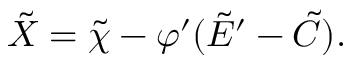
\tilde { X } = \tilde { \chi } - \varphi ^ { \prime } ( \tilde { E } ^ { \prime } - \tilde { C } ) .